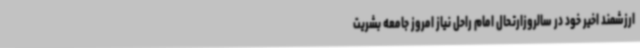
ارزشمند اخیر خود در سالروزارتحال امام راحل نیاز امروز جامعه بشریت